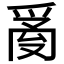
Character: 𤔔